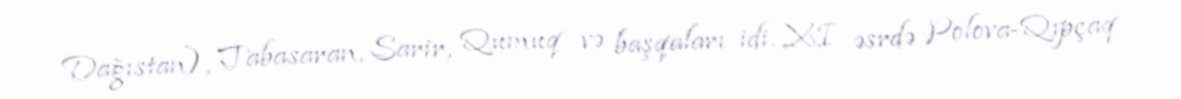
Dağıstan), Tabasaran, Sarir, Qumuq və başqaları idi. XI əsrdə Polova-Qıpçaq